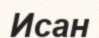
Исан